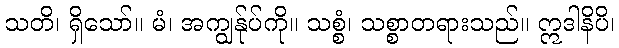
သတိ၊ ရှိသော်။ မံ၊ အကျွန်ုပ်ကို။ သစ္စံ၊ သစ္စာတရားသည်။ ဣဒါနိပိ၊